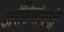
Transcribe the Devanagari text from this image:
अरेडियोधर्मी